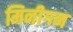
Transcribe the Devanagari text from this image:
मिनीगन